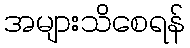
အများသိစေရန်